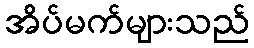
အိပ်မက်များသည်